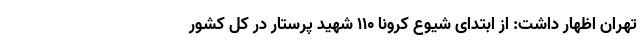
تهران اظهار داشت: از ابتدای شیوع کرونا ۱۱۰ شهید پرستار در کل کشور